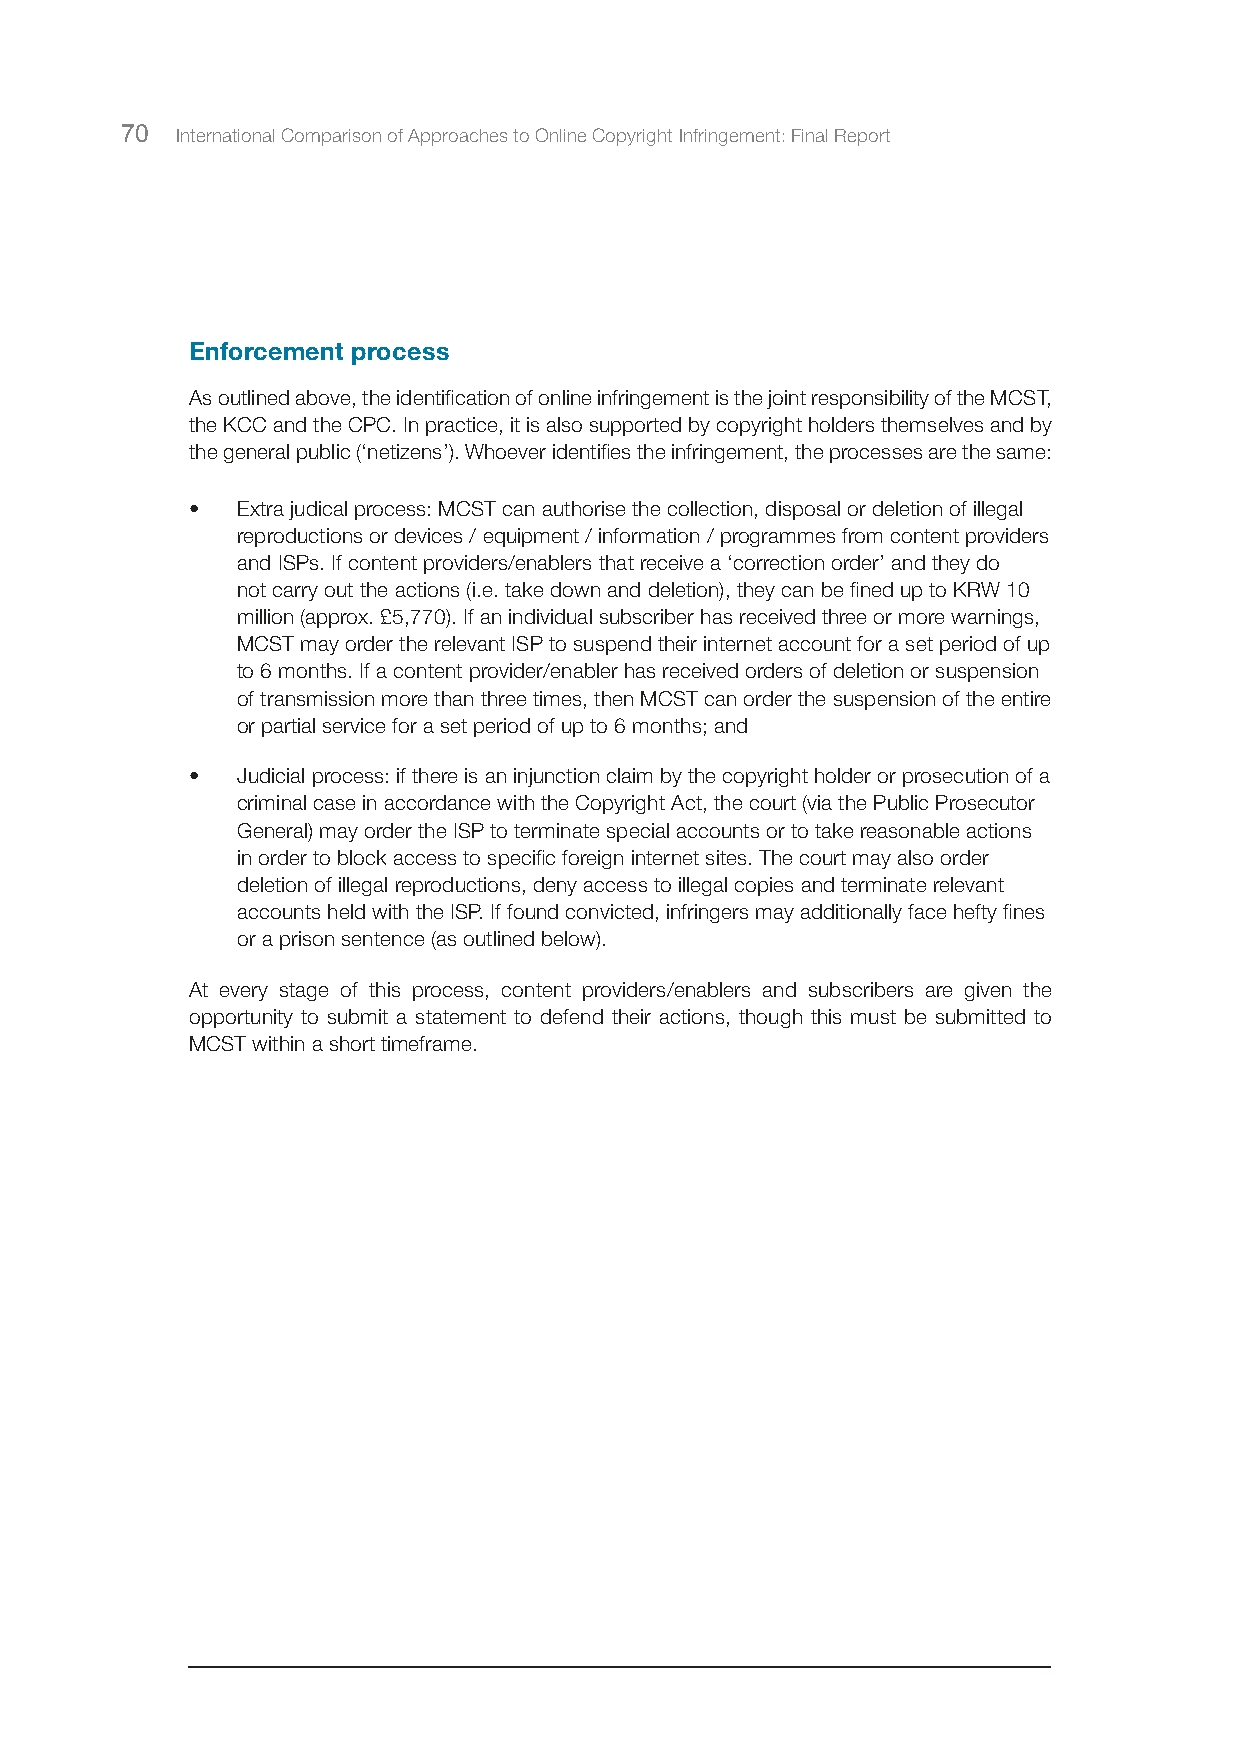
70  International Comparison of Approaches to Online Copyright Infringement: Final Report
 Enforcement process
 As outlined above, the identification of online infringement is the joint responsibility of the MCST,
 the KCC and the CPC. In practice, it is also supported by copyright holders themselves and by
 the general public (‘netizens’). Whoever identifies the infringement, the processes are the same:
 •  Extra judical process: MCST can authorise the collection, disposal or deletion of illegal
 reproductions or devices / equipment / information / programmes from content providers
 and ISPs. If content providers/enablers that receive a ‘correction order’ and they do
 not carry out the actions (i.e. take down and deletion), they can be fined up to KRW 10
 million (approx. £5,770). If an individual subscriber has received three or more warnings,
 MCST may order the relevant ISP to suspend their internet account for a set period of up
 to 6 months. If a content provider/enabler has received orders of deletion or suspension
 of transmission more than three times, then MCST can order the suspension of the entire
 or partial service for a set period of up to 6 months; and
 •  Judicial process: if there is an injunction claim by the copyright holder or prosecution of a
 criminal case in accordance with the Copyright Act, the court (via the Public Prosecutor
 General) may order the ISP to terminate special accounts or to take reasonable actions
 in order to block access to specific foreign internet sites. The court may also order
 deletion of illegal reproductions, deny access to illegal copies and terminate relevant
 accounts held with the ISP. If found convicted, infringers may additionally face hefty fines
 or a prison sentence (as outlined below).
 At every stage of this process, content providers/enablers and subscribers are given the
 opportunity to submit a statement to defend their actions, though this must be submitted to
 MCST within a short timeframe.